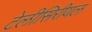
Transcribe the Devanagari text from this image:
टेलीसिरीयल